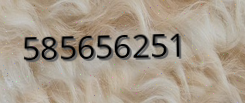
585656251